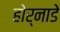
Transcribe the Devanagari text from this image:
होर्नाडे